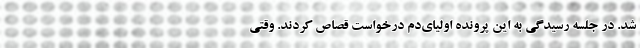
شد. در جلسه رسیدگی به این پرونده اولیای‌دم درخواست قصاص کردند. وقتی